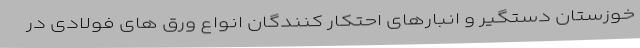
خوزستان دستگیر و انبارهای احتکار کنندگان انواع ورق های فولادی در